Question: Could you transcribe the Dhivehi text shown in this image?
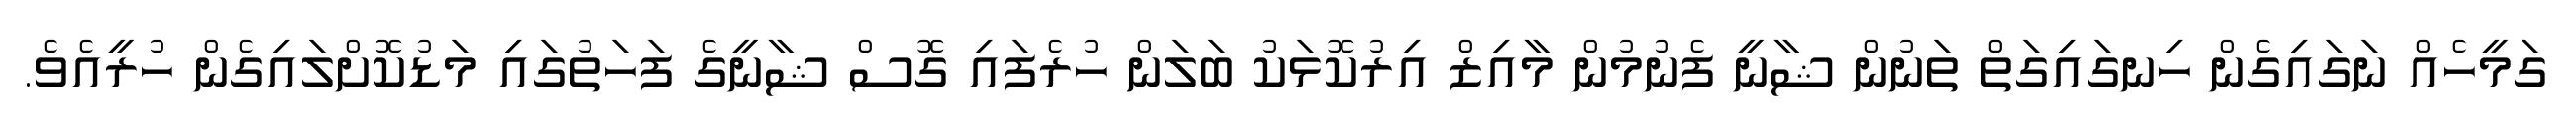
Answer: ގަމީހެއް ނަގައިގެން ހިނގައިގަތް ތަނުން ޝާނީ ފެނުމުން މާއިޒް އިރުކޮޅަކު ބަލަން ހުރެފައި ގޮސް ޝާނީގެ ފަހަތުގައި މަޑުކޮށްލައިގެން ހުރީއެވެ.